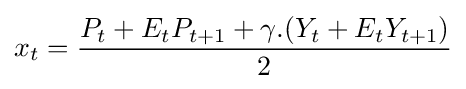
x_{t}={\frac {P_{t}+E_{t}P_{t+1}+\gamma .(Y_{t}+E_{t}Y_{t+1})}{2}}